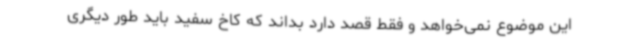
این موضوع نمی‌خواهد و فقط قصد دارد بداند که کاخ سفید باید طور دیگری